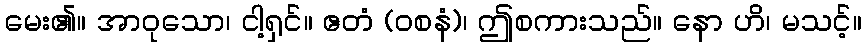
မေး၏။ အာဝုသော၊ ငါ့ရှင်။ ဧတံ (ဝစနံ)၊ ဤစကားသည်။ နော ဟိ၊ မသင့်။